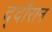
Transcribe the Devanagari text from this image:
द्दौरान